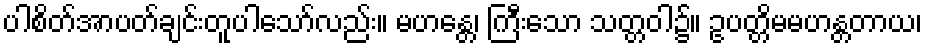
ပါစိတ်အာပတ်ချင်းတူပါသော်လည်း။ မဟန္တေ၊ ကြီးသော သတ္တဝါ၌။ ဥပတ္တိမမဟန္တတာယ၊